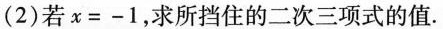
(2)若$$x = - 1$$，求所挡住的二次三项式的值.